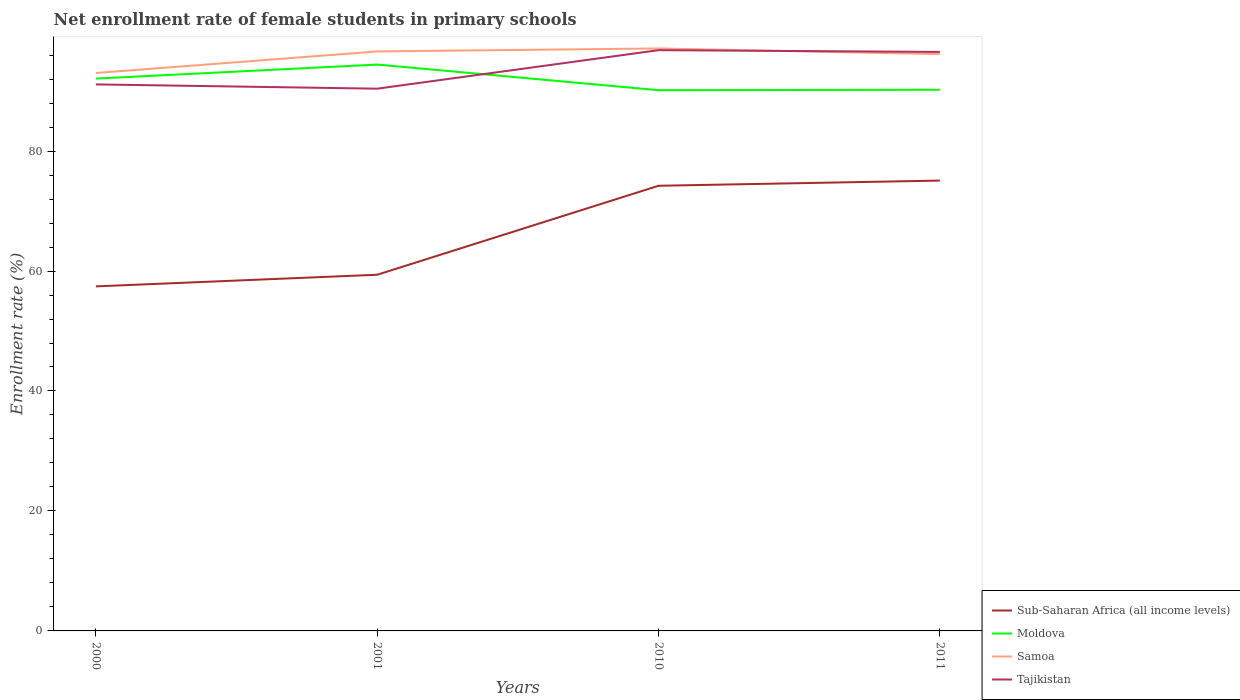
| Years | Sub-Saharan Africa (all income levels) | Moldova | Samoa | Tajikistan |
 | --- | --- | --- | --- | --- |
 | 2000 | 57.4 | 92.1 | 93 | 91.1 |
 | 2001 | 59.4 | 94.4 | 96.6 | 90.4 |
 | 2010 | 74.2 | 90.1 | 97.1 | 96.8 |
 | 2011 | 75.1 | 90.2 | 96.2 | 96.5 |